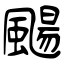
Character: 颺